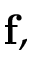
\mathbf { f , }